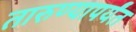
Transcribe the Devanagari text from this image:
तारुण्यापर्यंत